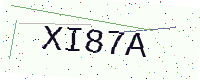
Text: XI87A